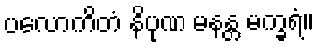
ပလောကိတံ နိပုဏ မနန္တ မက္ခရံ။